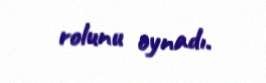
rolunu oynadı.